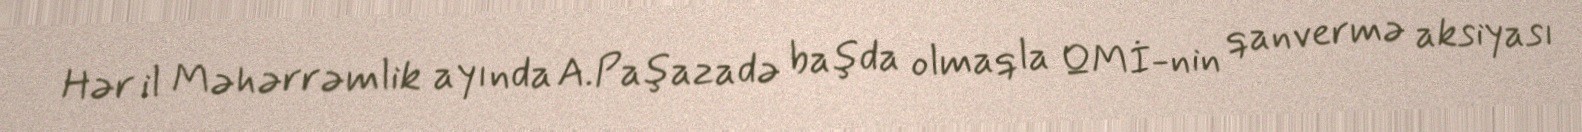
Hər il Məhərrəmlik ayında A.Paşazadə başda olmaqla QMİ-nin qanvermə aksiyası